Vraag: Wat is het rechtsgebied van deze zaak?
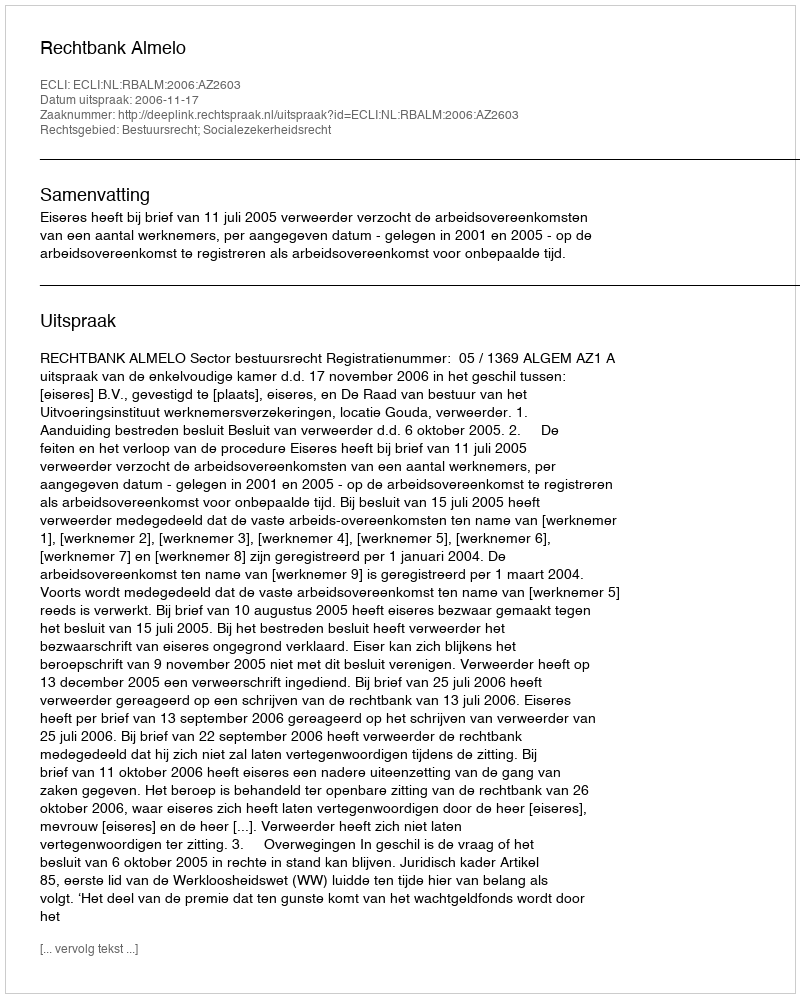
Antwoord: Bestuursrecht; Socialezekerheidsrecht